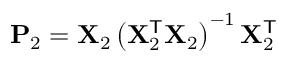
\mathbf { P } _ { 2 } = \mathbf { X } _ { 2 } \left( \mathbf { X } _ { 2 } ^ { \mathsf { T } } \mathbf { X } _ { 2 } \right) ^ { - 1 } \mathbf { X } _ { 2 } ^ { \mathsf { T } }